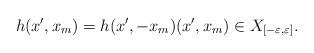
LaTeX: \begin{align*}\begin{aligned}h(x',x_{m})=h(x',-x_{m}) (x',x_{m})\in X_{ [-\varepsilon,\varepsilon]}.\end{aligned}\end{align*}